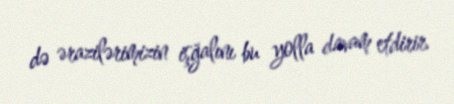
də ərazilərimizin işğalını bu yolla davam etdirir.